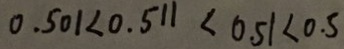
0 . 5 0 1 < 0 . 5 1 1 < 0 . 5 1 < 0 . 5